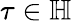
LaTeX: \tau\in\mathbb{H}